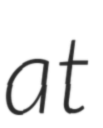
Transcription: at